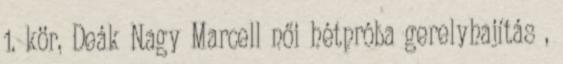
1. kör, Deák Nagy Marcell női hétpróba gerelyhajítás ,